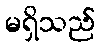
မရှိသည်